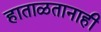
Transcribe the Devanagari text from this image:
हाताळतानाही